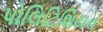
પોલિટિશિયન